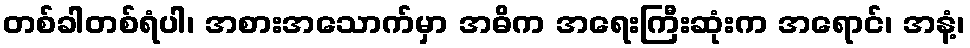
တစ်ခါတစ်ရံပါ၊ အစားအသောက်မှာ အဓိက အရေးကြီးဆုံးက အရောင်၊ အနံ့၊